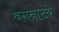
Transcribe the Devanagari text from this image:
वगनाटये